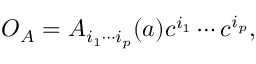
{ \cal O } _ { A } = A _ { i _ { 1 } \cdots i _ { p } } ( a ) c ^ { i _ { 1 } } \cdots c ^ { i _ { p } } ,